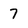
Character: 7